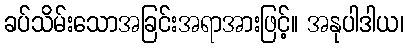
ခပ်သိမ်းသောအခြင်းအရာအားဖြင့်။ အနုပါဒါယ၊